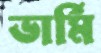
ভার্মি